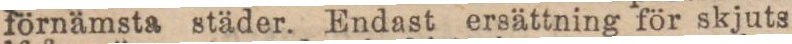
förnämsta städer. Endast ersättning för skjuts